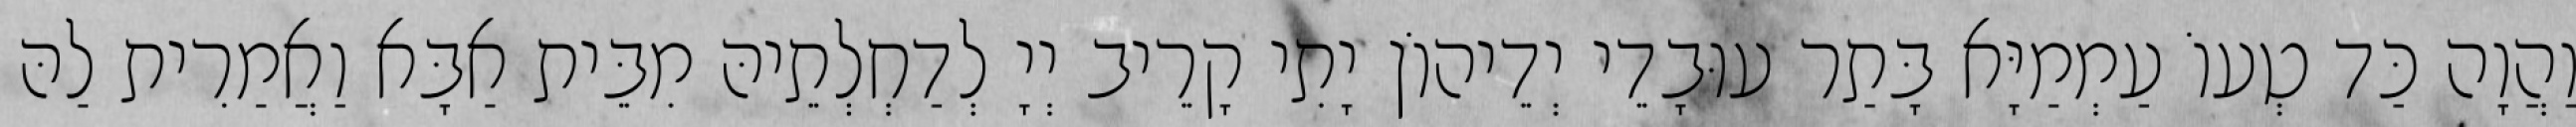
וַהֲוָה כַּד טְעוֹ עַמְמַיָּא בָּתַר עוּבָדֵי יְדֵיהוֹן יָתִי קָרֵיב יְיָ לְדַחְלְתֵיהּ מִבֵּית אַבָּא וַאֲמַרִית לַהּ